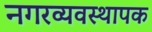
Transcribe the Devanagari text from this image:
नगरव्यवस्थापक